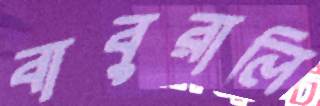
বাবুরালি